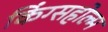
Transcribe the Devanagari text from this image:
किंग्सहोल्म